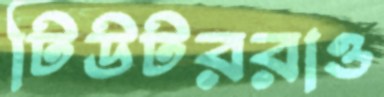
টিউটররাও